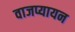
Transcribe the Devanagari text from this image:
वाजप्यायन